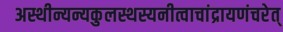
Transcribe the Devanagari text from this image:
अस्थीन्यन्यकुलस्थस्यनीत्वाचांद्रायणंचरेत्